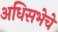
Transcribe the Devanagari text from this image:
अधिसभेचे